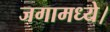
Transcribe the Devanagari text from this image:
जगामध्ये।